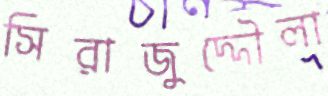
সিরাজুদ্দৌলা